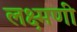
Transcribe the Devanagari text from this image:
लक्ष्मणी